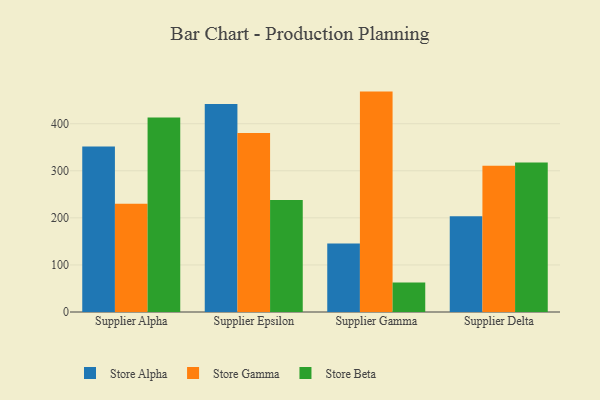
{"axis": {"x": "Supplier", "y": "Operating Costs (USD K)"}, "legend": ["Store Alpha", "Store Beta", "Store Gamma"], "data": [{"x": "Supplier Alpha", "y": 351.8, "type": "Store Alpha"}, {"x": "Supplier Alpha", "y": 230.2, "type": "Store Gamma"}, {"x": "Supplier Alpha", "y": 413.5, "type": "Store Beta"}, {"x": "Supplier Epsilon", "y": 442.2, "type": "Store Alpha"}, {"x": "Supplier Epsilon", "y": 380.5, "type": "Store Gamma"}, {"x": "Supplier Epsilon", "y": 238.1, "type": "Store Beta"}, {"x": "Supplier Gamma", "y": 145.6, "type": "Store Alpha"}, {"x": "Supplier Gamma", "y": 468.3, "type": "Store Gamma"}, {"x": "Supplier Gamma", "y": 62.9, "type": "Store Beta"}, {"x": "Supplier Delta", "y": 203.2, "type": "Store Alpha"}, {"x": "Supplier Delta", "y": 310.8, "type": "Store Gamma"}, {"x": "Supplier Delta", "y": 317.7, "type": "Store Beta"}]}